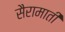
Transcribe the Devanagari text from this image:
सैरामाती